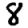
Digit: 8